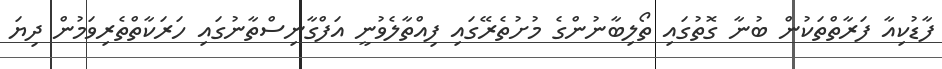
ފާޑުކިއާ ފަރާތްތަކުން ބުނާ ގޮތުގައި ތޯލިބާނުންގެ މުށުތެރޭގައި ފިއްތާލެވުނީ އަފްގާނިސްތާނުގައި ހަރަކާތްތެރިވަމުން ދިޔަ